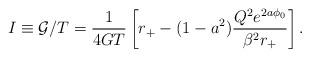
LaTeX: \begin{align*}I \equiv {\cal G}/T =\frac{1}{4GT}\left [ r_+ -(1-a^2) \frac{Q^2 e^{2a\phi_0}} {\beta^2 r_+}\right].\end{align*}